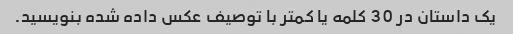
یک داستان در 30 کلمه یا کمتر با توصیف عکس داده شده بنویسید.